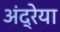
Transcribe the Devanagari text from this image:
अंद्रेया